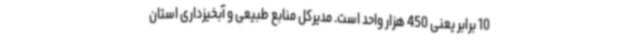
10 برابر یعنی 450 هزار واحد است. مدیرکل منابع طبیعی و آبخیزداری استان